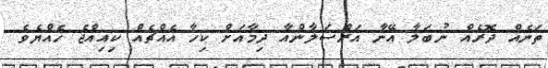
ތަނެއް ދޮރެއް ނުބަލާ އޭނާ އަރްސަލާންއާ ދިމާއަށް ކިހާ އެއްޗެއް ކިއިއްޖެ ހެއްޔެވެ